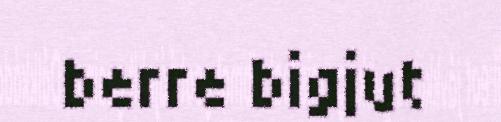
berre bigjut